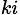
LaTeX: _{ki}